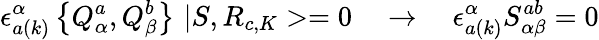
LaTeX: \epsilon_{a(k)}^{\alpha}\left\{ Q_{\alpha}^{a},Q_{\beta}^{b}\right\} \, \, |S,R_{c,K}>=0\quad\rightarrow\quad\epsilon_{a(k)}^{\alpha}S_{\alpha\beta}^{ab}=0